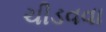
ચીડવવા